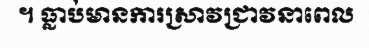
។ ធ្លាប់មានការស្រាវជ្រាវនាពេល